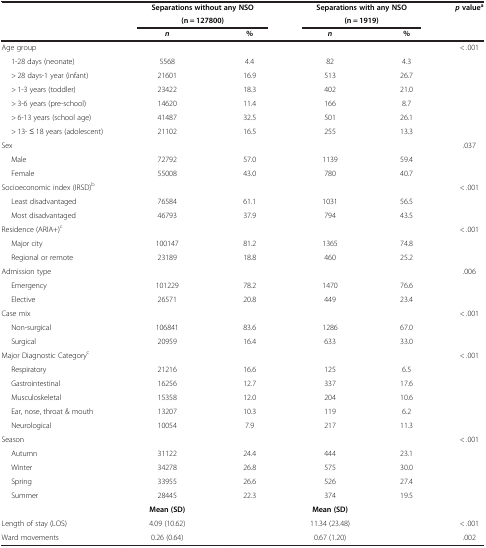
<table><thead><tr><td rowspan="2"><b> </b></td><td colspan="2"><b>Separations without any NSO</b></td><td colspan="2"><b>Separations with any NSO</b></td><td><b><i>p </i>value<sup>a</sup></b></td></tr><tr><td colspan="2"><b>(n = 127800)</b></td><td colspan="2"><b>(n = 1919)</b></td><td><b> </b></td></tr><tr><td><b> </b></td><td><b><i>n</i></b></td><td><b>%</b></td><td><b><i>n</i></b></td><td><b>%</b></td><td><b> </b></td></tr></thead><tbody><tr><td>Age group</td><td> </td><td> </td><td> </td><td> </td><td>&lt; .001</td></tr><tr><td>1-28 days (neonate)</td><td>5568</td><td>4.4</td><td>82</td><td>4.3</td><td> </td></tr><tr><td>&gt; 28 days-1 year (infant)</td><td>21601</td><td>16.9</td><td>513</td><td>26.7</td><td> </td></tr><tr><td>&gt; 1-3 years (toddler)</td><td>23422</td><td>18.3</td><td>402</td><td>21.0</td><td> </td></tr><tr><td>&gt; 3-6 years (pre-school)</td><td>14620</td><td>11.4</td><td>166</td><td>8.7</td><td> </td></tr><tr><td>&gt; 6-13 years (school age)</td><td>41487</td><td>32.5</td><td>501</td><td>26.1</td><td> </td></tr><tr><td>&gt; 13- ≤ 18 years (adolescent)</td><td>21102</td><td>16.5</td><td>255</td><td>13.3</td><td> </td></tr><tr><td>Sex</td><td> </td><td> </td><td> </td><td> </td><td>.037</td></tr><tr><td>Male</td><td>72792</td><td>57.0</td><td>1139</td><td>59.4</td><td> </td></tr><tr><td>Female</td><td>55008</td><td>43.0</td><td>780</td><td>40.7</td><td> </td></tr><tr><td>Socioeconomic index (IRSD)<sup>b</sup></td><td> </td><td> </td><td> </td><td> </td><td>&lt; .001</td></tr><tr><td>Least disadvantaged</td><td>76584</td><td>61.1</td><td>1031</td><td>56.5</td><td> </td></tr><tr><td>Most disadvantaged</td><td>46793</td><td>37.9</td><td>794</td><td>43.5</td><td> </td></tr><tr><td>Residence (ARIA+)<sup>c</sup></td><td> </td><td> </td><td> </td><td> </td><td>&lt; .001</td></tr><tr><td>Major city</td><td>100147</td><td>81.2</td><td>1365</td><td>74.8</td><td> </td></tr><tr><td>Regional or remote</td><td>23189</td><td>18.8</td><td>460</td><td>25.2</td><td> </td></tr><tr><td>Admission type</td><td> </td><td> </td><td> </td><td> </td><td>.006</td></tr><tr><td>Emergency</td><td>101229</td><td>78.2</td><td>1470</td><td>76.6</td><td> </td></tr><tr><td>Elective</td><td>26571</td><td>20.8</td><td>449</td><td>23.4</td><td> </td></tr><tr><td>Case mix</td><td> </td><td> </td><td> </td><td> </td><td>&lt; .001</td></tr><tr><td>Non-surgical</td><td>106841</td><td>83.6</td><td>1286</td><td>67.0</td><td> </td></tr><tr><td>Surgical</td><td>20959</td><td>16.4</td><td>633</td><td>33.0</td><td> </td></tr><tr><td>Major Diagnostic Category<sup>c</sup></td><td> </td><td> </td><td> </td><td> </td><td>&lt; .001</td></tr><tr><td>Respiratory</td><td>21216</td><td>16.6</td><td>125</td><td>6.5</td><td> </td></tr><tr><td>Gastrointestinal</td><td>16256</td><td>12.7</td><td>337</td><td>17.6</td><td> </td></tr><tr><td>Musculoskeletal</td><td>15358</td><td>12.0</td><td>204</td><td>10.6</td><td> </td></tr><tr><td>Ear, nose, throat &amp; mouth</td><td>13207</td><td>10.3</td><td>119</td><td>6.2</td><td> </td></tr><tr><td>Neurological</td><td>10054</td><td>7.9</td><td>217</td><td>11.3</td><td> </td></tr><tr><td>Season</td><td> </td><td> </td><td> </td><td> </td><td>&lt; .001</td></tr><tr><td>Autumn</td><td>31122</td><td>24.4</td><td>444</td><td>23.1</td><td> </td></tr><tr><td>Winter</td><td>34278</td><td>26.8</td><td>575</td><td>30.0</td><td> </td></tr><tr><td>Spring</td><td>33955</td><td>26.6</td><td>526</td><td>27.4</td><td> </td></tr><tr><td>Summer</td><td>28445</td><td>22.3</td><td>374</td><td>19.5</td><td> </td></tr><tr><td> </td><td><b>Mean (SD)</b></td><td> </td><td><b>Mean (SD)</b></td><td> </td><td> </td></tr><tr><td>Length of stay (LOS)</td><td>4.09 (10.62)</td><td> </td><td>11.34 (23.48)</td><td> </td><td>&lt; .001</td></tr><tr><td>Ward movements</td><td>0.26 (0.64)</td><td> </td><td>0.67 (1.20)</td><td> </td><td>.002</td></tr></tbody></table>